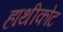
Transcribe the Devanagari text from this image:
हाथीकोट